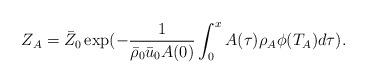
LaTeX: \begin{align*}&Z_A =\bar{Z}_{0}\exp(-\frac{1}{\bar{\rho}_{0} \bar{u}_{0} A(0)}\int_0^x A(\tau)\rho_A\phi(T_A)d\tau).\end{align*}